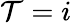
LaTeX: \mathcal{T}=i